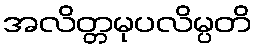
အလိတ္တမုပလိမ္ပတိ